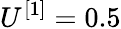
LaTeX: U^{[1]}=0.5